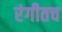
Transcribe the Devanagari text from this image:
रंगीतच